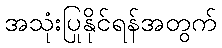
အသုံးပြုနိုင်ရန်အတွက်